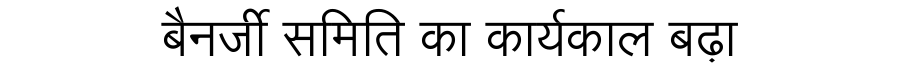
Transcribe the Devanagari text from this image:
बैनर्जी समिति का कार्यकाल बढ़ा